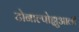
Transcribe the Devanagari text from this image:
टोनाल्पोह्युआली